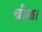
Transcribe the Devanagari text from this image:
चौळा